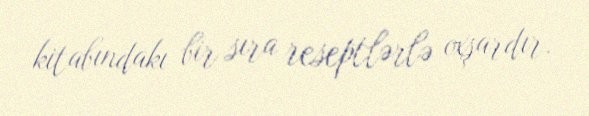
kitabındakı bir sıra reseptlərlə oxşardır.